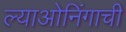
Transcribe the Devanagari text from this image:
ल्याओनिंगाची